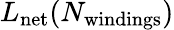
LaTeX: L_{\mathrm{net}}(N_{\mathrm{windings}})